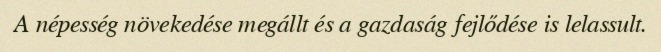
A népesség növekedése megállt és a gazdaság fejlődése is lelassult.